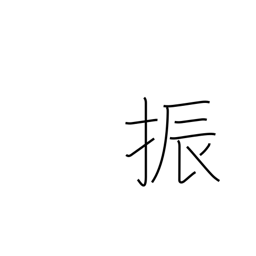
Meaning: swing